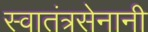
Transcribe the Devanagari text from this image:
स्वातंत्रसेनानी